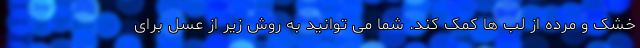
خشک و مرده از لب ها کمک کند. شما می توانید به روش زیر از عسل برای